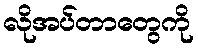
လိုအပ်တာတွေကို